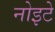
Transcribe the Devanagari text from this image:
नोइटे